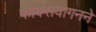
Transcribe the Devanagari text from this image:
फोक्सवागनने